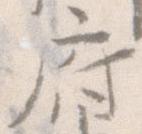
府